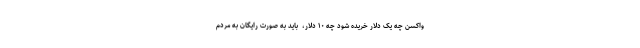
واکسن چه یک دلار خریده شود چه ۱۰ دلار، ‌ باید به صورت رایگان به مردم